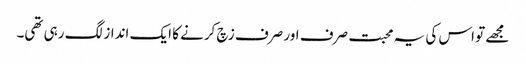
مجھے تو اس کی یہ محبت صرف اور صرف زچ کرنے کا ایک انداز لگ رہی تھی۔